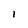
Character: 1